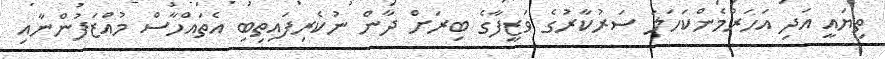
ތިޔައީ އަދި އަހަރުމެންކަހަލަ ސަރުކާރުގެ ވަޒީފާގެ ބިރަށް ދާން ނުކެރިފައިތިބި އެތައްހާސް މުއަްޒަފުންނާއި